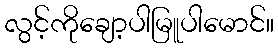
လွင့်ကိုချော့ပါမြူပါမောင်။